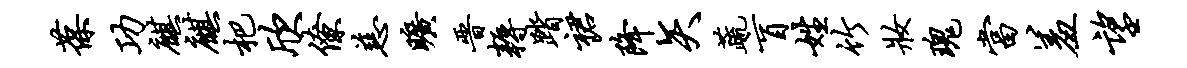
葆功麒麒杷欣僚慈旷晋耨踏裙降矢蔬盲姓竹妆瑰当羞望